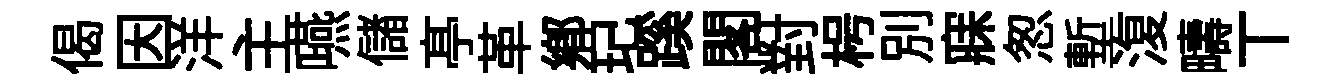
偈因洋主嚥儲𠅘革鄉玘蹊閣對枵別寐怱塹𣸪疇丅